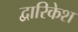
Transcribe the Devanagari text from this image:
द्वारिकेश